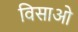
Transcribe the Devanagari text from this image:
विसाओ